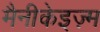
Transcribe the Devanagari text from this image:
मैनीकेइज़्म